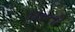
ઘરતી